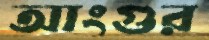
আংগুর